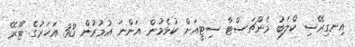
އިނގިރޭސި ކްލަބު މެންޗަސްޓާ ސިޓީއަށް ކުޅެމުން އަންނަ އުމުރުން 33 އަހަރުގެ ޓޫރޭ